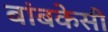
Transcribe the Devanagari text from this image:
बांबकेसी